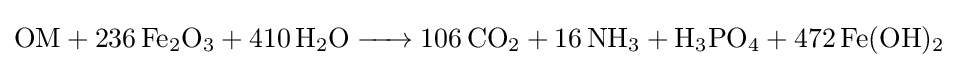
{\ce {OM + 236Fe2O3 + 410H2O -> 106CO2 + 16NH3 + H3PO4 + 472Fe(OH)2}}